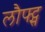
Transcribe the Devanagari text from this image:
लौफ्ट्स